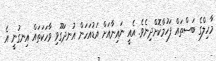
މާހިލްގެ ބަސްތައް ފަހުމްކޮށްދިނެވެ. އެއީ ނައިނާއަށް އަޑުއަހަން އުނދަގޫވި ވާހަކަތައް އިނގުނީ އެ